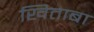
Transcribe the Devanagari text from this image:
खिताबा